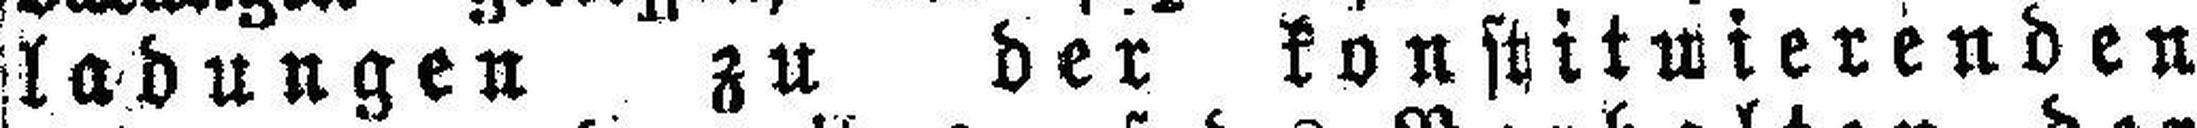
ladungen zu der konstituierenden